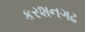
કરશનગઢ